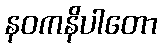
နဝကနိပါတော